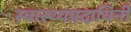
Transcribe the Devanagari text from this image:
स्वास्थ्यप्रदायिनी